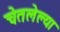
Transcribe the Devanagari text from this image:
चेतलेल्या